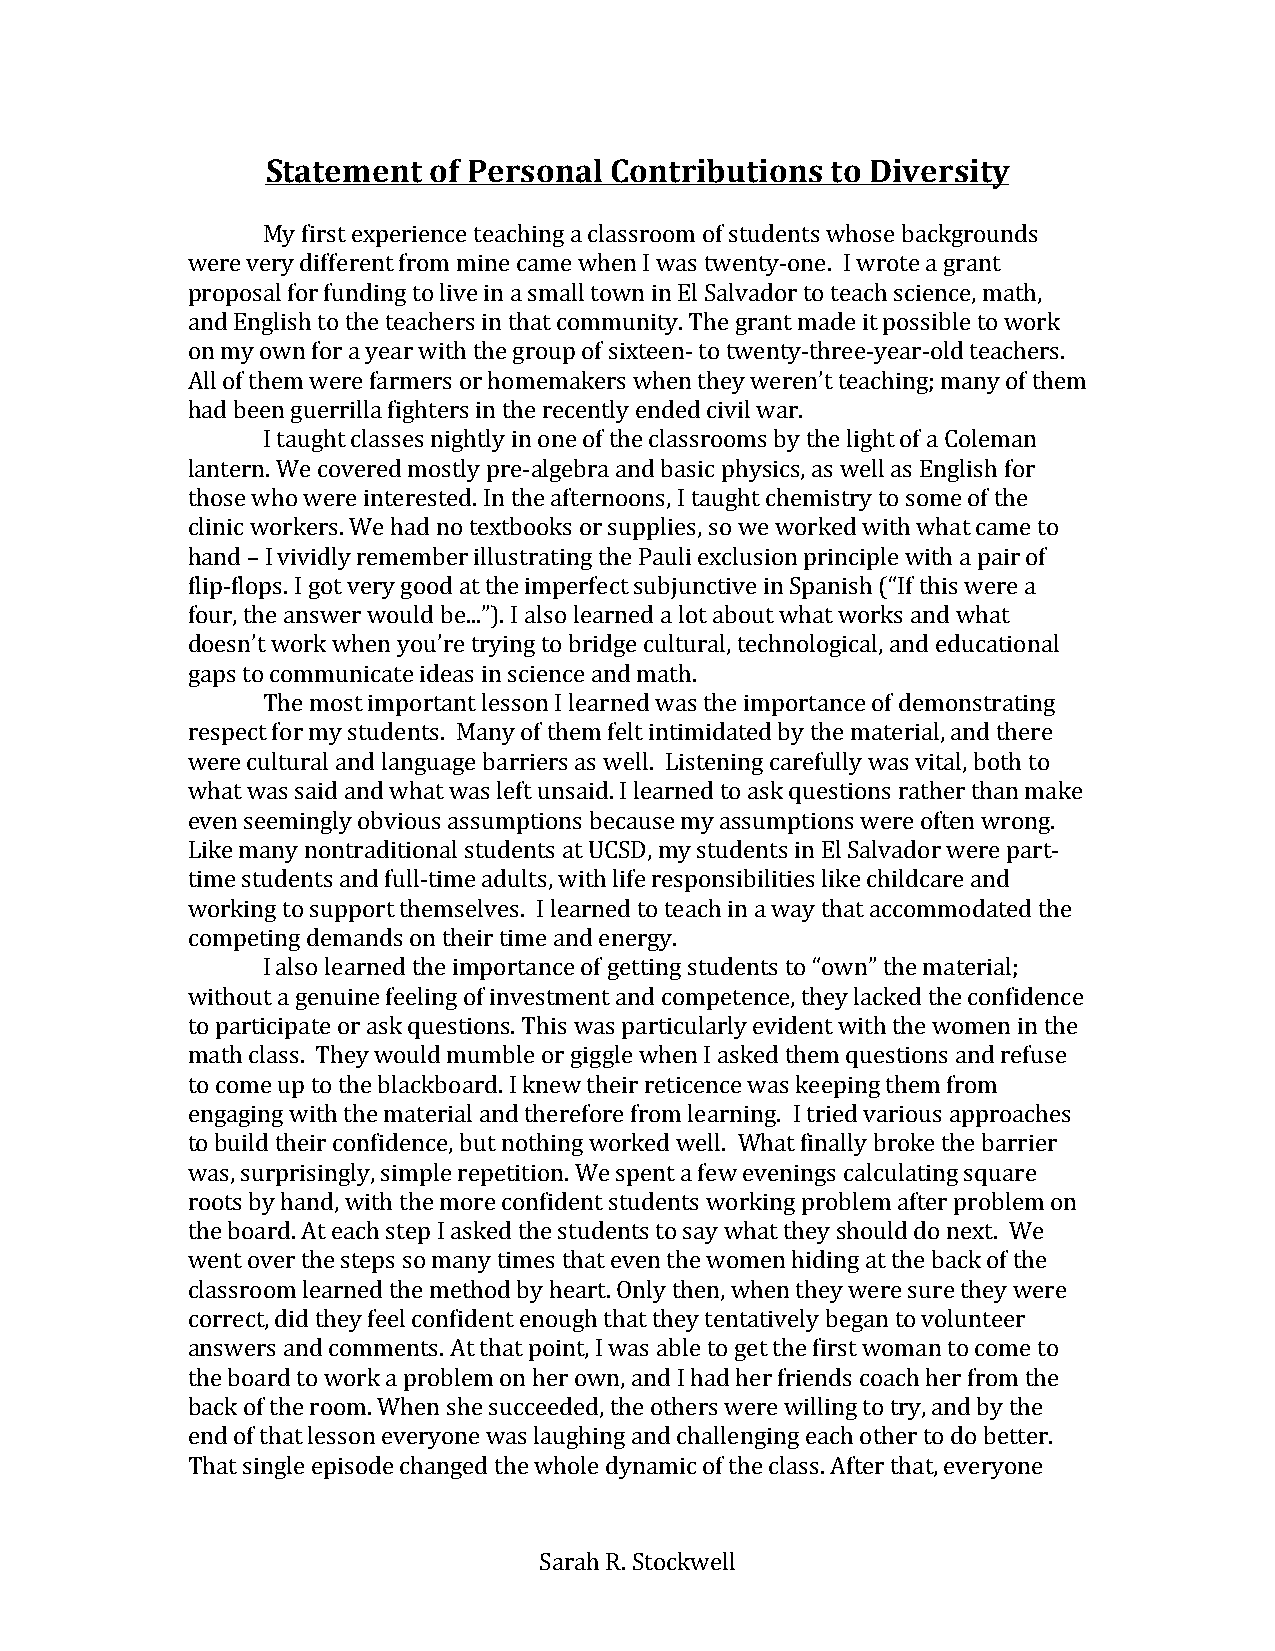
Statement of Personal Contributions  to Diversity
 My first experience teaching a classroom of students whose backgrounds
 were very different from mine came when I was twenty-one. I wrote a grant
 proposal for funding to live in a small town in El Salvador to teach science, math,
 and English to the teachers in that community. The grant made it possible to work
 on my own for a year with the group of sixteen- to twenty-three-year-old teachers.
 All of them were farmers or homemakers when they weren’t teaching; many of them
 had been guerrilla fighters in the recently ended civil war.
 I taught classes nightly in one of the classrooms by the light of a Coleman
 lantern. We covered mostly pre-algebra and basic physics, as well as English for
 those who were interested. In the afternoons, I taught chemistry to some of the
 clinic workers. We had no textbooks or supplies, so we worked with what came to
 hand – I vividly remember illustrating the Pauli exclusion principle with a pair of
 flip-flops. I got very good at the imperfect subjunctive in Spanish (“If this were a
 four, the answer would be...”). I also learned a lot about what works and what
 doesn’t work when you’re trying to bridge cultural, technological, and educational
 gaps to communicate ideas in science and math.
 The most important lesson I learned was the importance of demonstrating
 respect for my students. Many of them felt intimidated by the material, and there
 were cultural and language barriers as well. Listening carefully was vital, both to
 what was said and what was left unsaid. I learned to ask questions rather than make
 even seemingly obvious assumptions because my assumptions were often wrong.
 Like many nontraditional students at UCSD, my students in El Salvador were part-
 time students and full-time adults, with life responsibilities like childcare and
 working to support themselves. I learned to teach in a way that accommodated the
 competing demands on their time and energy.
 I also learned the importance of getting students to “own” the material;
 without a genuine feeling of investment and competence, they lacked the confidence
 to participate or ask questions. This was particularly evident with the women in the
 math class. They would mumble or giggle when I asked them questions and refuse
 to come up to the blackboard. I knew their reticence was keeping them from
 engaging with the material and therefore from learning. I tried various approaches
 to build their confidence, but nothing worked well. What finally broke the barrier
 was, surprisingly, simple repetition. We spent a few evenings calculating square
 roots by hand, with the more confident students working problem after problem on
 the board. At each step I asked the students to say what they should do next. We
 went over the steps so many times that even the women hiding at the back of the
 classroom learned the method by heart. Only then, when they were sure they were
 correct, did they feel confident enough that they tentatively began to volunteer
 answers and comments. At that point, I was able to get the first woman to come to
 the board to work a problem on her own, and I had her friends coach her from the
 back of the room. When she succeeded, the others were willing to try, and by the
 end of that lesson everyone was laughing and challenging each other to do better.
 That single episode changed the whole dynamic of the class. After that, everyone
 Sarah R. Stockwell